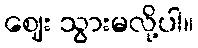
ဈေး သွားမလို့ပါ။